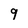
Character: 9